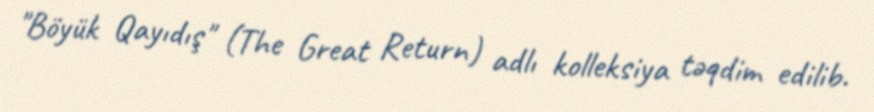
"Böyük Qayıdış" (The Great Return) adlı kolleksiya təqdim edilib.